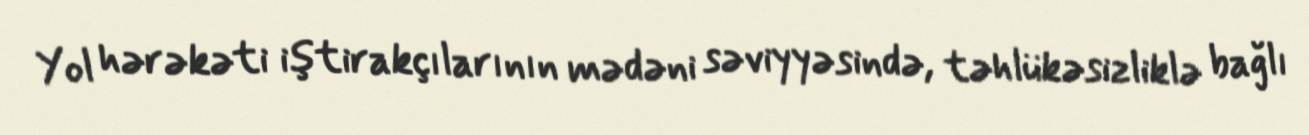
Yol hərəkəti iştirakçılarının mədəni səviyyəsində, təhlükəsizliklə bağlı